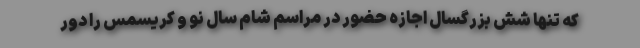
که تنها شش بزرگسال اجازه حضور در مراسم شام سال نو و کریسمس را دور